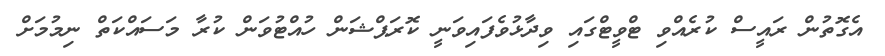
އެގޮތުން ރައީސް ކުރެއްވި ޓްވީޓްގައި ވިދާޅުވެފައިވަނީ ކޮރަޕްޝަން ހުއްޓުވަން ކުރާ މަސައްކަތް ނިމުމަށް